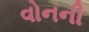
વોનની